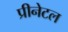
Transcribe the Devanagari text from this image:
प्रीनेटल